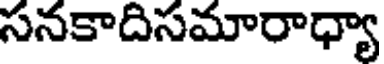
సనకాదిసమారాధ్యా